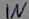
Text: IN